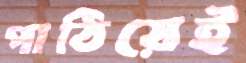
পাঠিয়েই